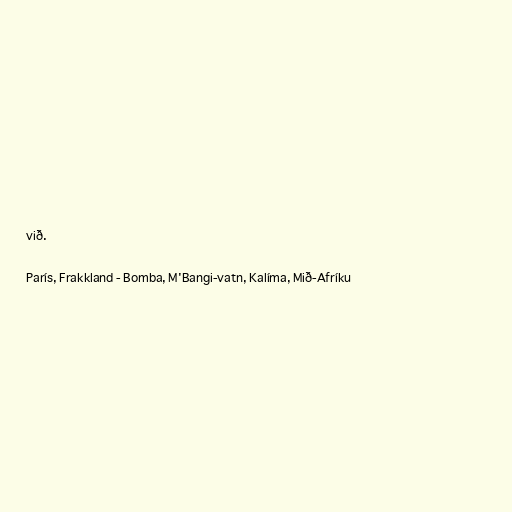
við.

París, Frakkland - Bomba, M'Bangi-vatn, Kalíma, Mið-Afríku